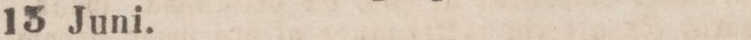
13 Juni.